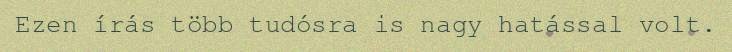
Ezen írás több tudósra is nagy hatással volt.